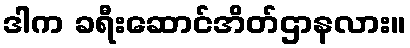
ဒါက ခရီးဆောင်အိတ်ဌာနလား။